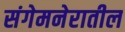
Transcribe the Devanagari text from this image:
संगेमनेरातील